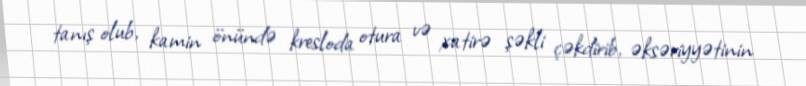
tanış olub, kamin önündə kresloda otura və xatirə şəkli çəkdirib, əksəriyyətinin